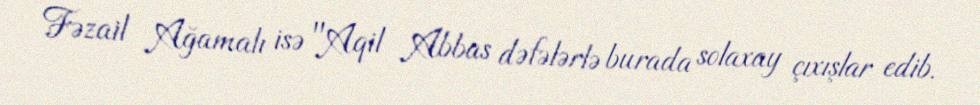
Fəzail Ağamalı isə "Aqil Abbas dəfələrlə burada solaxay çıxışlar edib.